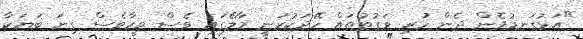
"އަޅުގަނޑުމެން ދެން ހުރި ވަގުތުތައް ހޭދަކުރަނީ މާލޭގައި ވެސް ވީހާވެސް ގިނަ ބަޔަކާ